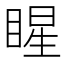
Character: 睲